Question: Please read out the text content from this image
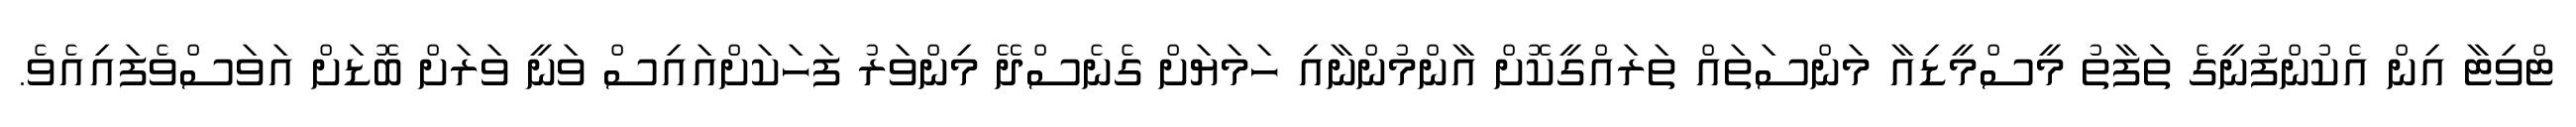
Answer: ޓްވިޓާ އިން އެކުންފުނީގެ ތަފާތު މީސްމީޑިއާ މަންސަތައް ތަރައްގީކޮށް އާންމުންނާއި ހަމަޔަށް ގެނެސްދޭ މިންވަރު ފަހަކަށްއައިސް ވަނީ ވަރަށް ބޮޑަށް އަވަސްވެފައިއެވެ.